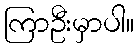
ကြာဦးမှာပါ။